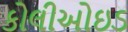
કોલીઓઇડ